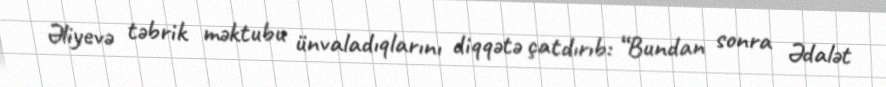
Əliyevə təbrik məktubu ünvaladıqlarını diqqətə çatdırıb: “Bundan sonra Ədalət